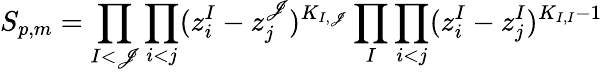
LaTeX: S_{p,m}=\prod_{I<\mathscr{J}}\prod_{i<j}(z_{i}^{I}-z_{j}^{\mathscr{J}})^{K_{I,\mathscr{J}}}\prod_{I}\prod_{i<j}(z_{i}^{I}-z_{j}^{I})^{K_{I,I}-1}